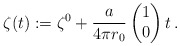
\begin{align*}\zeta(t) := \zeta^0 + \frac{a}{4\pi r_0} \begin{pmatrix} 1 \\ 0 \end{pmatrix} t \,.\end{align*}